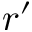
r ^ { \prime }